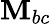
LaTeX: \mathbf{M}_{bc}